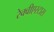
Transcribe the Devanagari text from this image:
रेक्वीएस्टास